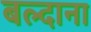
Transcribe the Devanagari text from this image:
बल्दाना